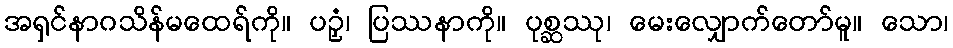
အရှင်နာဂသိန်မထေရ်ကို။ ပဉှံ၊ ပြဿနာကို။ ပုစ္ဆဿု၊ မေးလျှောက်တော်မူ။ သော၊